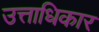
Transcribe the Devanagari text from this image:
उत्ताधिकार